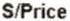
S/PRICE